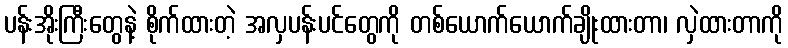
ပန်းအိုးကြီးတွေနဲ့ စိုက်ထားတဲ့ အလှပန်းပင်တွေကို တစ်ယောက်ယောက်ချိုးထားတာ၊ လှဲထားတာကို